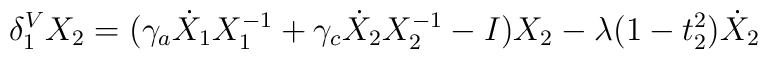
\delta_1^V X_2 =(\gamma_a \dot X_1 X_1^{-1} + \gamma_c \dot X_2 X_2^{-1} -I)X_2  - \lambda (1 - t_2^2) \dot X_2